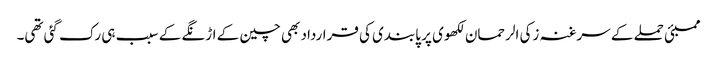
ممبئی حملے کے سرغنہ زکی الرحمان لکھوی پر پابندی کی قرارداد بھی چین کے اڑنگے کے سبب ہی رک گئی تھی۔